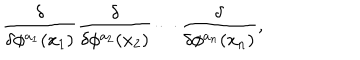
{ \frac { \delta } { \delta \phi ^ { a _ { 1 } } ( x _ { 1 } ) } } { \frac { \delta } { \delta \phi ^ { a _ { 2 } } ( x _ { 2 } ) } } \cdots { \frac { \delta } { \delta \phi ^ { a _ { n } } ( x _ { n } ) } } ,